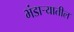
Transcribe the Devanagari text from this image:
भंडार्‍यातील